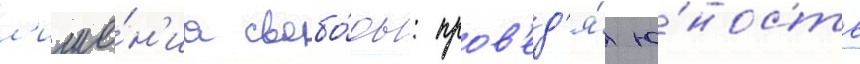
л'ише́н'иа свобо́ды: пров'ед'я́ ю́ность